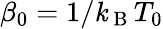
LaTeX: \beta_{0}=1/\mathit{k}_{\mathrm{{~B~}}}T_{0}